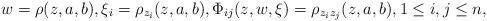
LaTeX: \begin{align*}w=\rho(z,a,b), \xi_{i}=\rho_{z_{i}}(z,a,b), \Phi_{ij}(z,w,\xi)=\rho_{z_{i}z_{j}}(z,a,b), 1 \leq i,j \leq n,\end{align*}